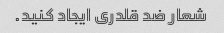
شعار ضد قلدری ایجاد کنید.